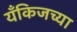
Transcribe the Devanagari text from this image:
यँकिजच्या